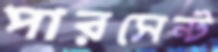
পারসেন্ট